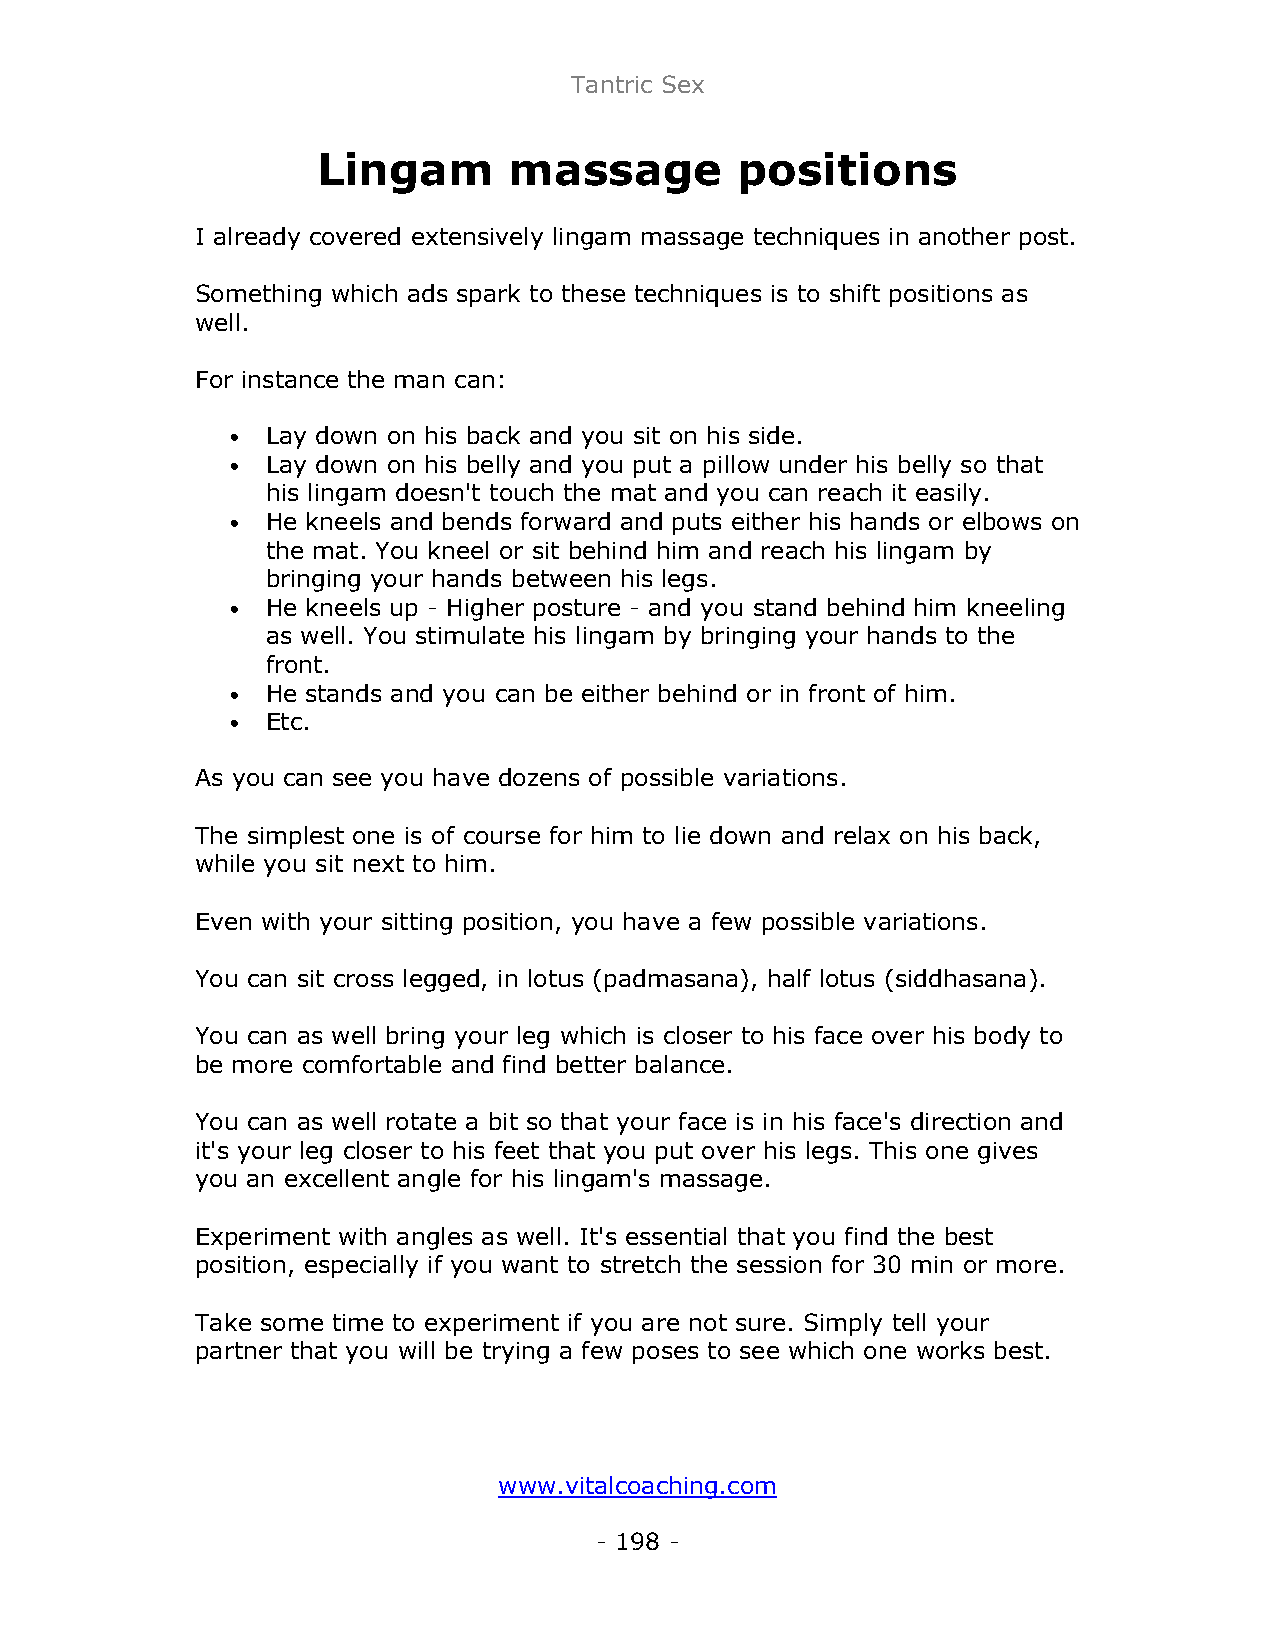
Tantric Sex
 Lingam       massage        positions
 I already covered extensively lingam massage techniques in another post.
 Something which ads spark to these techniques is to shift positions as
 well.
 For instance the man can:
 •  Lay down on his back and you sit on his side.
 •  Lay down on his belly and you put a pillow under his belly so that
 his lingam doesn't touch the mat and you can reach it easily.
 •  He kneels and bends forward and puts either his hands or elbows on
 the mat. You kneel or sit behind him and reach his lingam by
 bringing your hands between his legs.
 •  He kneels up - Higher posture - and you stand behind him kneeling
 as well. You stimulate his lingam by bringing your hands to the
 front.
 •  He stands and you can be either behind or in front of him.
 •  Etc.
 As you can see you have dozens of possible variations.
 The simplest one is of course for him to lie down and relax on his back,
 while you sit next to him.
 Even with your sitting position, you have a few possible variations.
 You can sit cross legged, in lotus (padmasana), half lotus (siddhasana).
 You can as well bring your leg which is closer to his face over his body to
 be more comfortable and find better balance.
 You can as well rotate a bit so that your face is in his face's direction and
 it's your leg closer to his feet that you put over his legs. This one gives
 you an excellent angle for his lingam's massage.
 Experiment with angles as well. It's essential that you find the best
 position, especially if you want to stretch the session for 30 min or more.
 Take some time to experiment if you are not sure. Simply tell your
 partner that you will be trying a few poses to see which one works best.
 www.vitalcoaching.com
 - 198 -